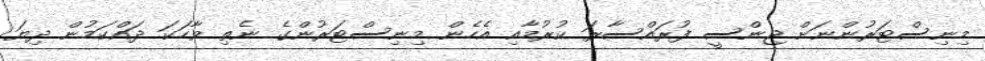
މިނިސްޓަރުންނަށް ޖިންސީ ފުރައްސާރަ ކުރުމާއި އެހެން މިނިސްޓަރުންގެ ނެތި ވާހަކަ ދައްކަމުން ދިޔަ